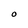
Character: O